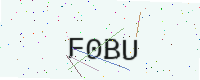
Text: F0BU